Report on sanitation, dispensaries, and jails in Rajputana for 1919, and on vaccination for the year 1919-1920 - 1919-1920
Year: 1919
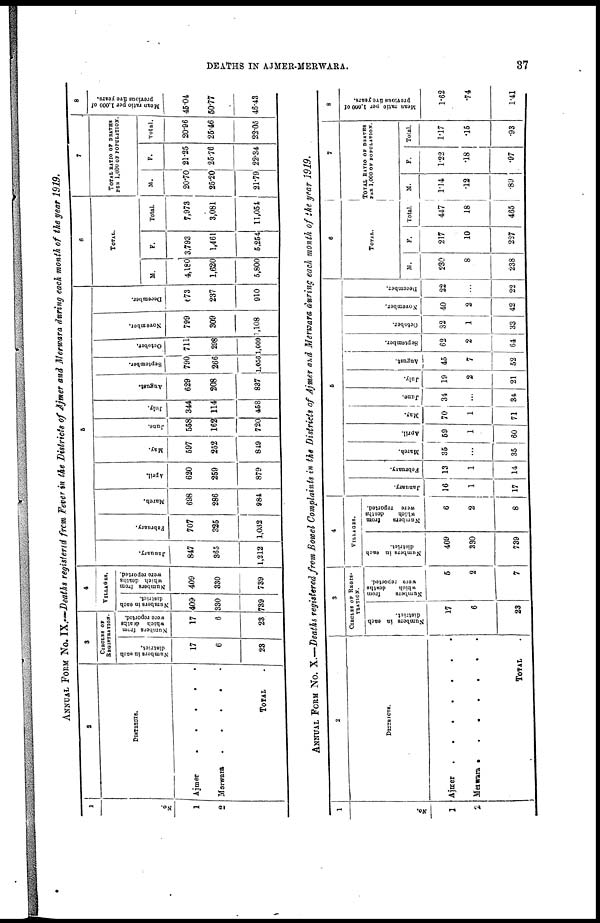
DEATHS IN AJMER-MERWARA.
37
ANNUAL FORM No. IX.—Deaths registered from Fever in the Districts of Ajmer and Merwara during each month of the year 1919.
1
No.
1
2
2
DISTRICTS.
Ajmer
.
.
.
.
.
.
Merwara
.
.
.
.
TOTAL .
3
CIRCLES OF
REGISTRATION.
Numbers in each
district.
17
6
23
Numbers from
which deaths
were reported.
17
6
23
4
VILLAGES.
Numbers in each
district.
409
330
739
Numbers from
which deaths
were reported.
409
330
739
5
January.
847
365
1,212
February.
707
325
1,032
March.
698
286
984
April.
620
259
879
May.
597
252
849
June.
558
162
720
July.
344
114
458
August.
629
208
837
September.
790
266
1,056
October.
711
298
1,609
November.
799
309
1,108
December.
673
237
910
6
TOTAL.
M.
4,180
1,620
5,800
F.
3,793
1,461
5,254
Total.
7,973
3,081
11,054
7
TOTAL RATIO OF DEATHS
PER 1,000 OF POPULATION.
M.
20.70
25.20
21.79
F.
21.25
25.76
22.34
Total.
20.96
25.46
22.05
8
Mean ratio per 1,000 of
previous five years.
45.04
50.77
46.43
ANNUAL FORM No. X.—Deaths registered from Bowel Complaints in the Districts of Ajmer and Merwara during each month of the year 1919.
1
No.
1
2
2
DISTRICTS.
Ajmer . . . .
Merwara
.
.
.
.
TOTAL
.
3
CIRCLES OF REGIS-
TRATION.
Numbers in each
district.
17
6
23
Numbers
from
which
deaths
were reported.
5
2
7
4
VILLAGES.
Numbers in each
district.
409
330
739
Numbers
from
which
deaths
were reported.
6
2
8
5
January.
16
1
17
February.
13
1
14
March.
35
...
35
April.
59
1
60
May.
70
1
71
June.
34
...
34
July.
19
2
21
August.
45
7
52
September.
62
2
64
October.
32
1
33
November.
40
2
42
December.
22
...
22
6
TOTAL
M.
230
8
238
F.
217
10
227
Total.
447
18
465
7
TOTAL RATIO OF DEATHS
PER 1,000 OF POPULATION.
M.
1.14
.12
.89
F.
1.22
.18
.97
Total.
1.17
.15
.93
8
Mean ratio per 1,000 of
previous five years.
1.62
.74
1.41